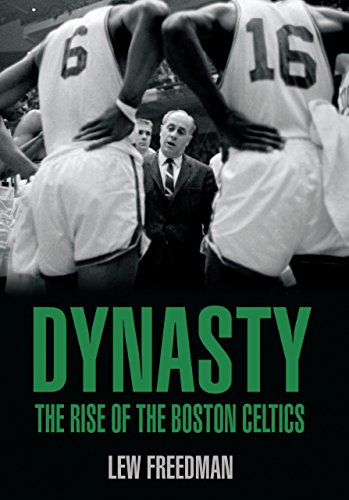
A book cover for Dynasty: The Rise of the Boston Celtics; Lew Freedman; Sports & Outdoors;